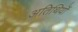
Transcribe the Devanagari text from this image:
अतिथियॊं